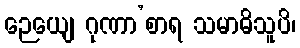
ဉေယျေ ဂုဏာ’စာရ သမာဓိသူပိ၊